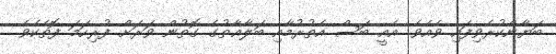
ބަޔާންކުރެވިފައި ވެއެވެ. އެއީ ބަސް އެތުރުމާއި ބަލާޣާތުގެ ގޮތުން ވަރަށް ފުރިހަމަ ފޮތެކެވެ.